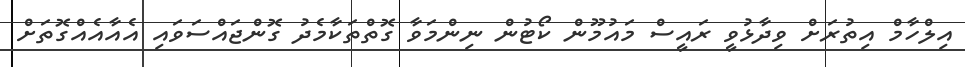
އިލްހާމް އިތުރަށް ވިދާޅުވީ ރައީސް މައުމޫން ކޯޓުން ނިންމަވާ ގޮތްތަކާމެދު ގޮންޖައްސަވައި އެއާއެއްގޮތަށް